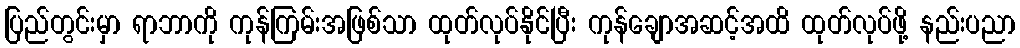
ပြည်တွင်းမှာ ရာဘာကို ကုန်ကြမ်းအဖြစ်သာ ထုတ်လုပ်နိုင်ပြီး ကုန်ချောအဆင့်အထိ ထုတ်လုပ်ဖို့ နည်းပညာ